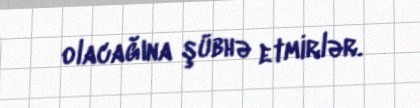
olacağına şübhə etmirlər.